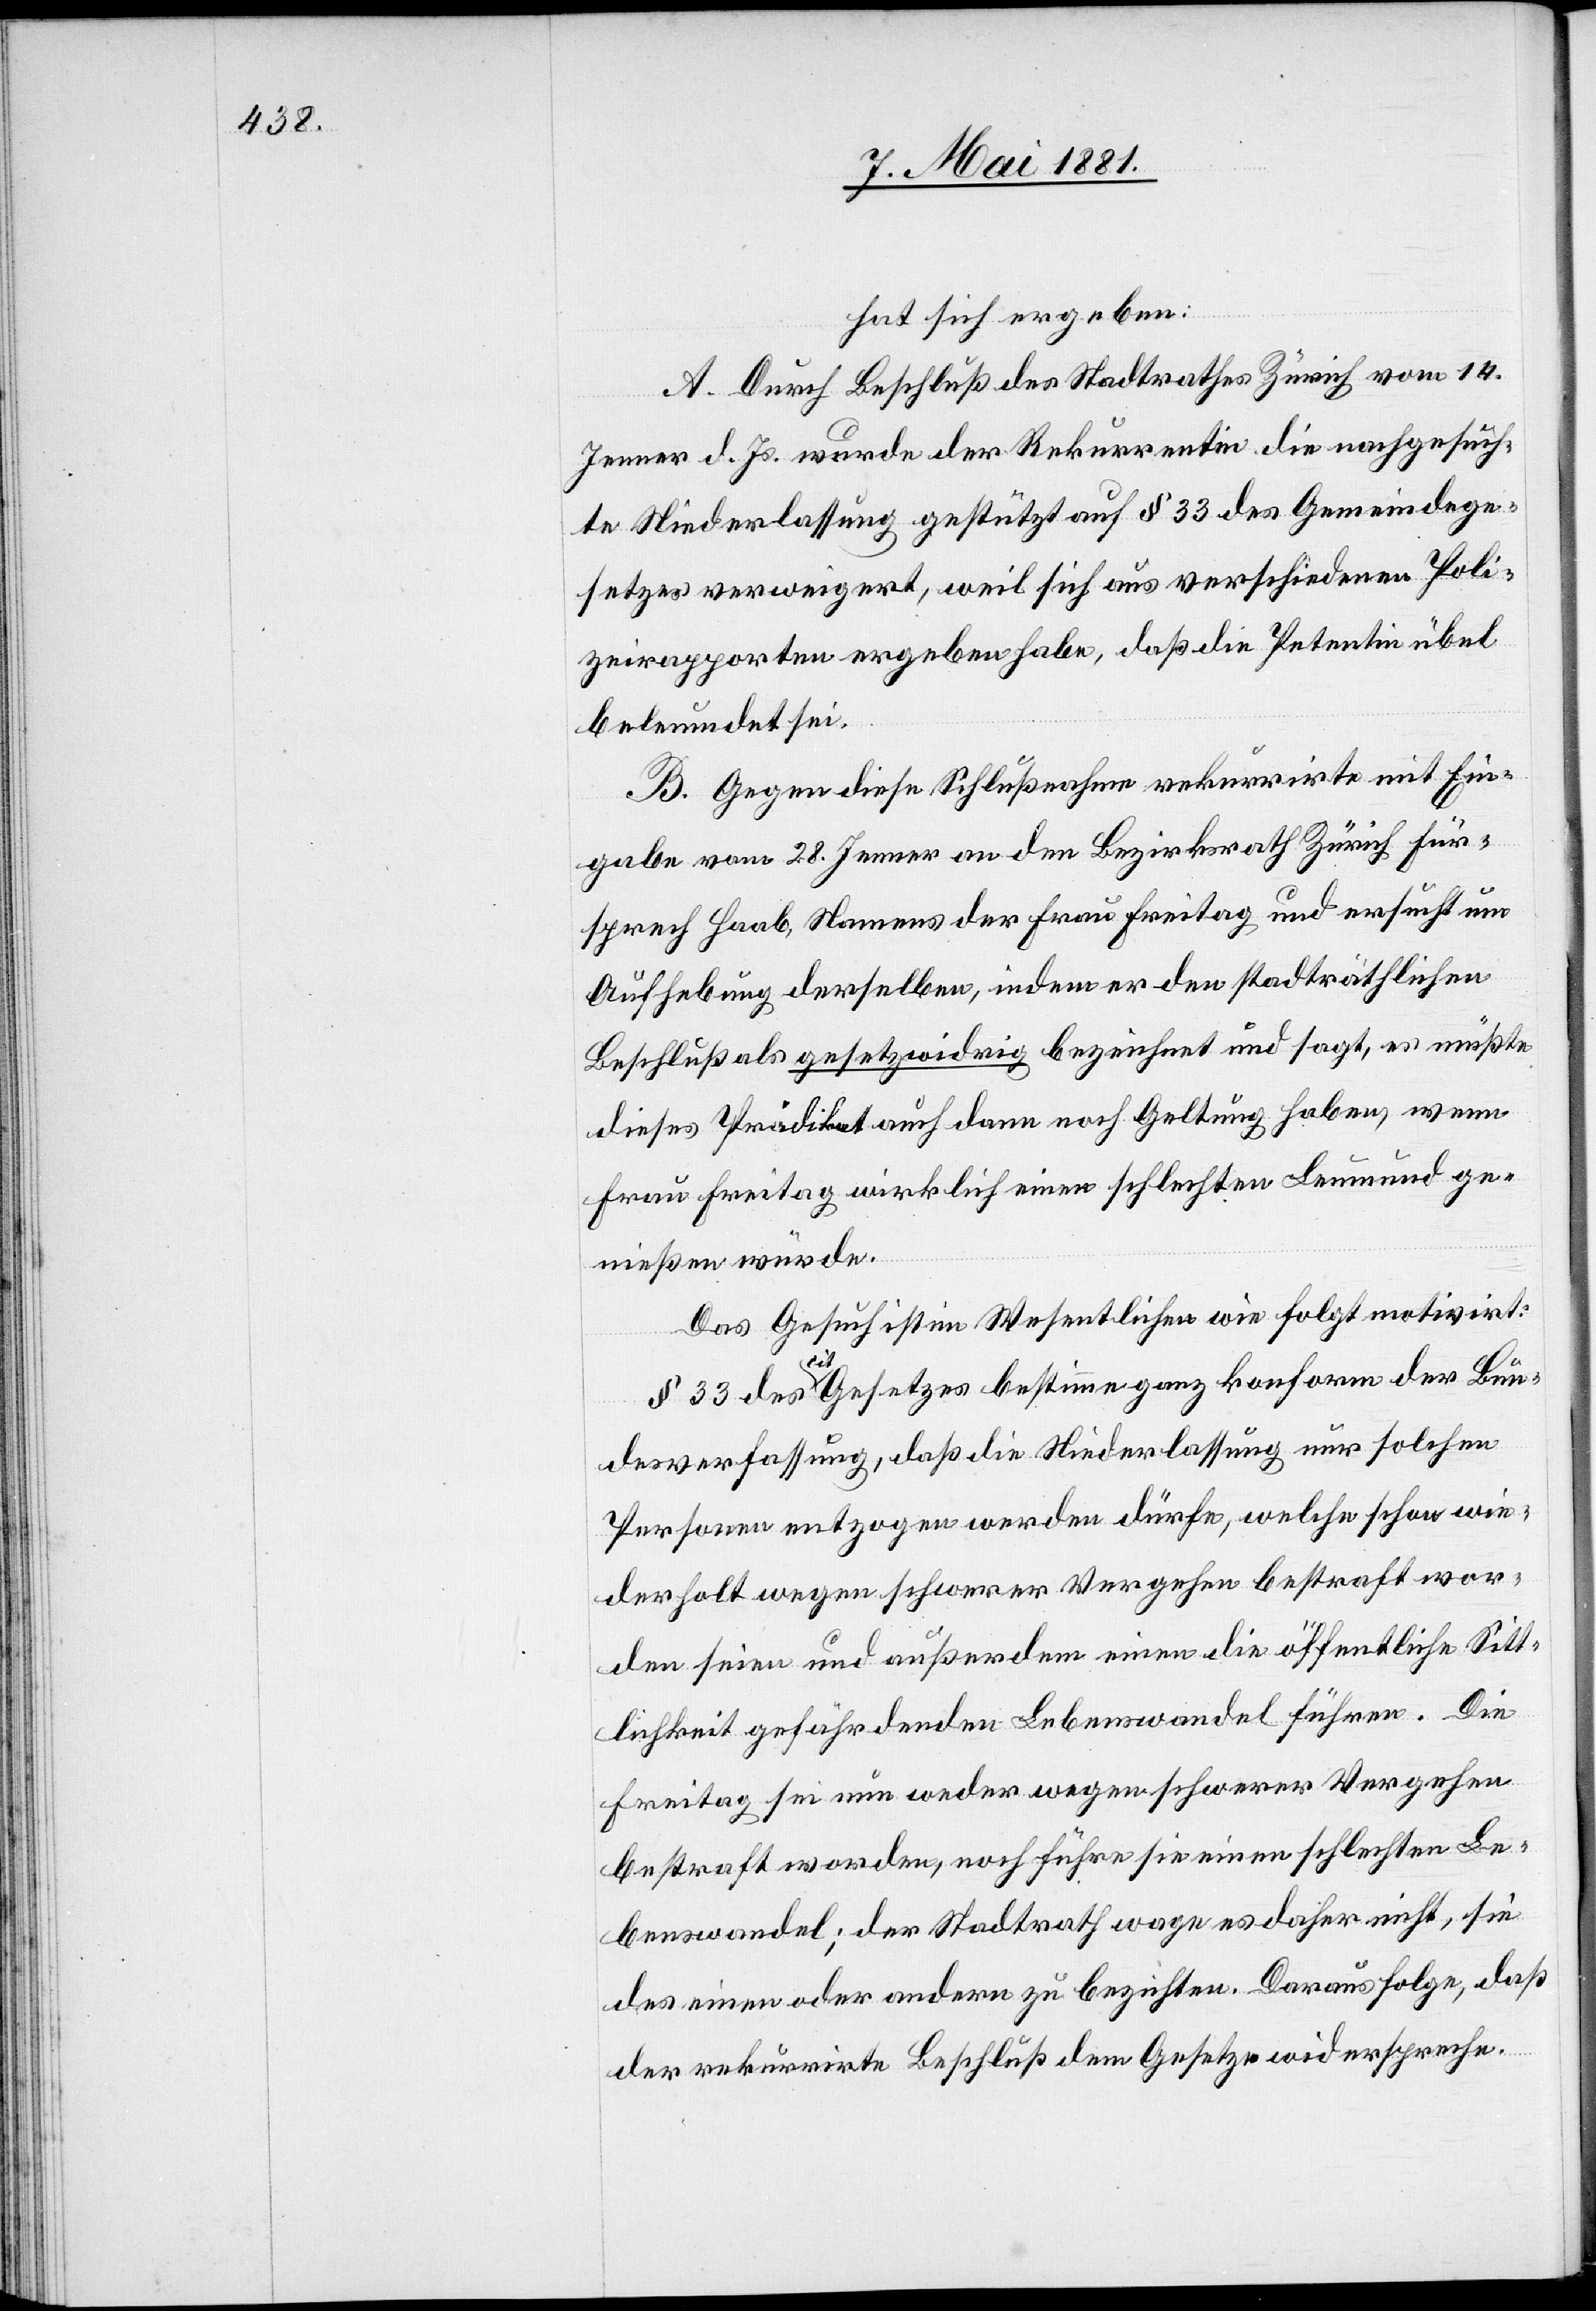
hat sich ergeben:
A. Durch Beschluß des Stadtrathes Zürich vom 14.
Jenner d. Js. wurde der Rekurrentin die nachgefüh¬
rte Niederlassung gestützt auf § 33 des Gemeindege¬
setzes verweigert, weil sich aus verschiedenen Poli¬
zeirapporten ergeben habe, daß die Petentin übel
beleumdet sei.
B. Gegen diese Schlußnahme rekurrirte mit Ein¬
gabe vom 28. Jenner an den Bezirksrath Zürich Für¬
sprech Haab, Namens der Frau Freitag und ersucht um
Aufhebung derselben, indem er den stadträthlichen
Beschluß als gesetzwidrig bezeichnet und sagt, es müßte
dieses Prädikat auch dann noch Geltung haben, wenn
Frau Freitag wirklich einen schlechten Leumund ge¬
nießen würde.
Das Gesuch ist im Wesentlichen wie folgt motivirt:
§ 33 des cit. Gesetzes bestimme ganz konform der Bun¬
desverfassung, daß die Niederlassung nur solchen
Personen entzogen werden dürfe, welche schon wie¬
derholt wegen schwerer Vergehen bestraft wor¬
den seien und außerdem einen die öffentliche Sitt¬
lichkeit gefährdenden Lebenswandel führen. Die
Freitag sei nun weder wegen schwerer Vergehen
bestraft worden, noch führe sie einen schlechten Le¬
benswandel; der Stadtrath wage es daher nicht, sie
des einen oder andern zu bezichten. Daraus Folge, daß
der rekurrirte Beschluß dem Gesetze widerspreche.